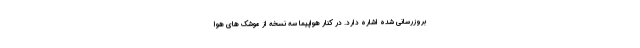
بروزرسانی شده اشاره دارد. در کنار هواپیما سه نسخه از موشک های هوا